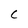
Character: C